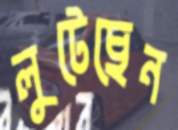
লুটেছেন